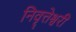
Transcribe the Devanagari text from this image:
निवृत्तेश्वरी